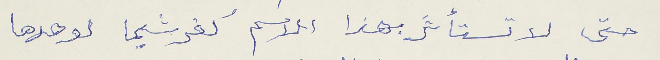
حتى لا تستأثر بهذا الاسم كفرشيما لوحدها